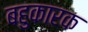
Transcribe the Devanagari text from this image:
बहुकारक